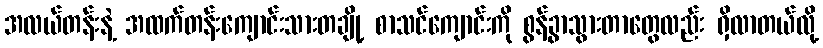
အလယ်တန်းနဲ့ အထက်တန်းကျောင်းသားတချို့ စာသင်ကျောင်းကို စွန့်ခွာသွားတာတွေလည်း ရှိလာတယ်လို့